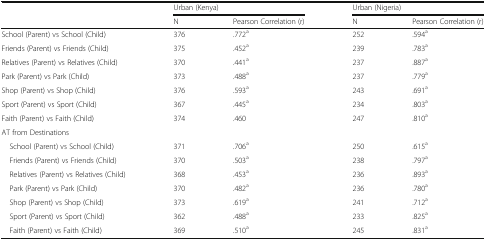
<table><thead><tr><td rowspan="2"></td><td colspan="2"><b>Urban (Kenya)</b></td><td colspan="2"><b>Urban (Nigeria)</b></td></tr><tr><td><b>N</b></td><td><b>Pearson Correlation (r)</b></td><td><b>N</b></td><td><b>Pearson Correlation (r)</b></td></tr></thead><tbody><tr><td>School (Parent) vs School (Child)</td><td>376</td><td>.772<sup>a</sup></td><td>252</td><td>.594<sup>a</sup></td></tr><tr><td>Friends (Parent) vs Friends (Child)</td><td>375</td><td>.452<sup>a</sup></td><td>239</td><td>.783<sup>a</sup></td></tr><tr><td>Relatives (Parent) vs Relatives (Child)</td><td>370</td><td>.441<sup>a</sup></td><td>237</td><td>.887<sup>a</sup></td></tr><tr><td>Park (Parent) vs Park (Child)</td><td>373</td><td>.488<sup>a</sup></td><td>237</td><td>.779<sup>a</sup></td></tr><tr><td>Shop (Parent) vs Shop (Child)</td><td>376</td><td>.593<sup>a</sup></td><td>243</td><td>.691<sup>a</sup></td></tr><tr><td>Sport (Parent) vs Sport (Child)</td><td>367</td><td>.445<sup>a</sup></td><td>234</td><td>.803<sup>a</sup></td></tr><tr><td>Faith (Parent) vs Faith (Child)</td><td>374</td><td>.460</td><td>247</td><td>.810<sup>a</sup></td></tr><tr><td colspan="5">AT from Destinations</td></tr><tr><td> School (Parent) vs School (Child)</td><td>371</td><td>.706<sup>a</sup></td><td>250</td><td>.615<sup>a</sup></td></tr><tr><td> Friends (Parent) vs Friends (Child)</td><td>370</td><td>.503<sup>a</sup></td><td>238</td><td>.797<sup>a</sup></td></tr><tr><td> Relatives (Parent) vs Relatives (Child)</td><td>368</td><td>.453<sup>a</sup></td><td>236</td><td>.893<sup>a</sup></td></tr><tr><td> Park (Parent) vs Park (Child)</td><td>370</td><td>.482<sup>a</sup></td><td>236</td><td>.780<sup>a</sup></td></tr><tr><td> Shop (Parent) vs Shop (Child)</td><td>373</td><td>.619<sup>a</sup></td><td>241</td><td>.712<sup>a</sup></td></tr><tr><td> Sport (Parent) vs Sport (Child)</td><td>362</td><td>.488<sup>a</sup></td><td>233</td><td>.825<sup>a</sup></td></tr><tr><td> Faith (Parent) vs Faith (Child)</td><td>369</td><td>.510<sup>a</sup></td><td>245</td><td>.831<sup>a</sup></td></tr></tbody></table>